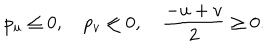
LaTeX: p _ { u } \leq 0 , \quad p _ { v } \leq 0 , \quad \frac { - u + v } { 2 } \geq 0 .